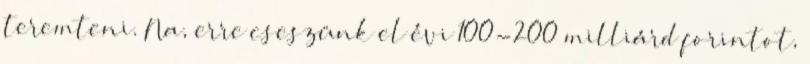
teremteni. Na, erre cseszünk el évi 100-200 milliárd forintot,